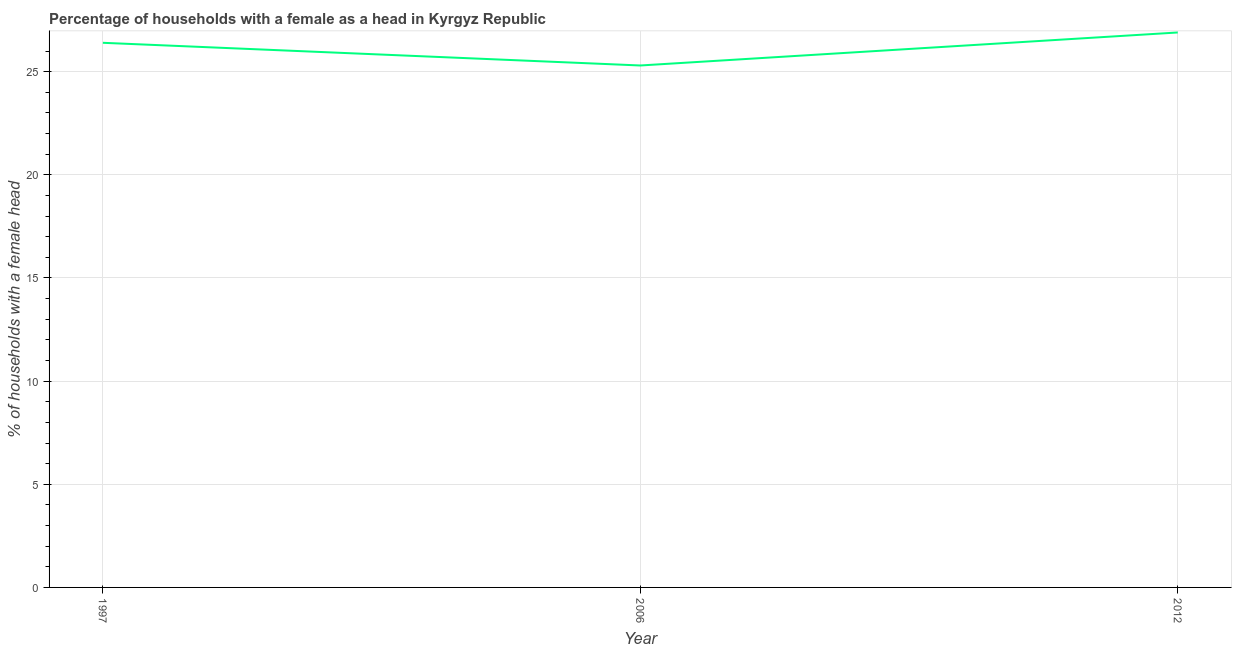
| Year | Female headed households |
 | --- | --- |
 | 1997 | 26.4 |
 | 2006 | 25.3 |
 | 2012 | 26.9 |